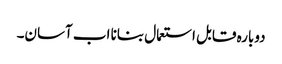
دوبارہ قابل استعمال بنانا اب آسان۔